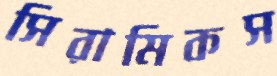
সিরামিকস